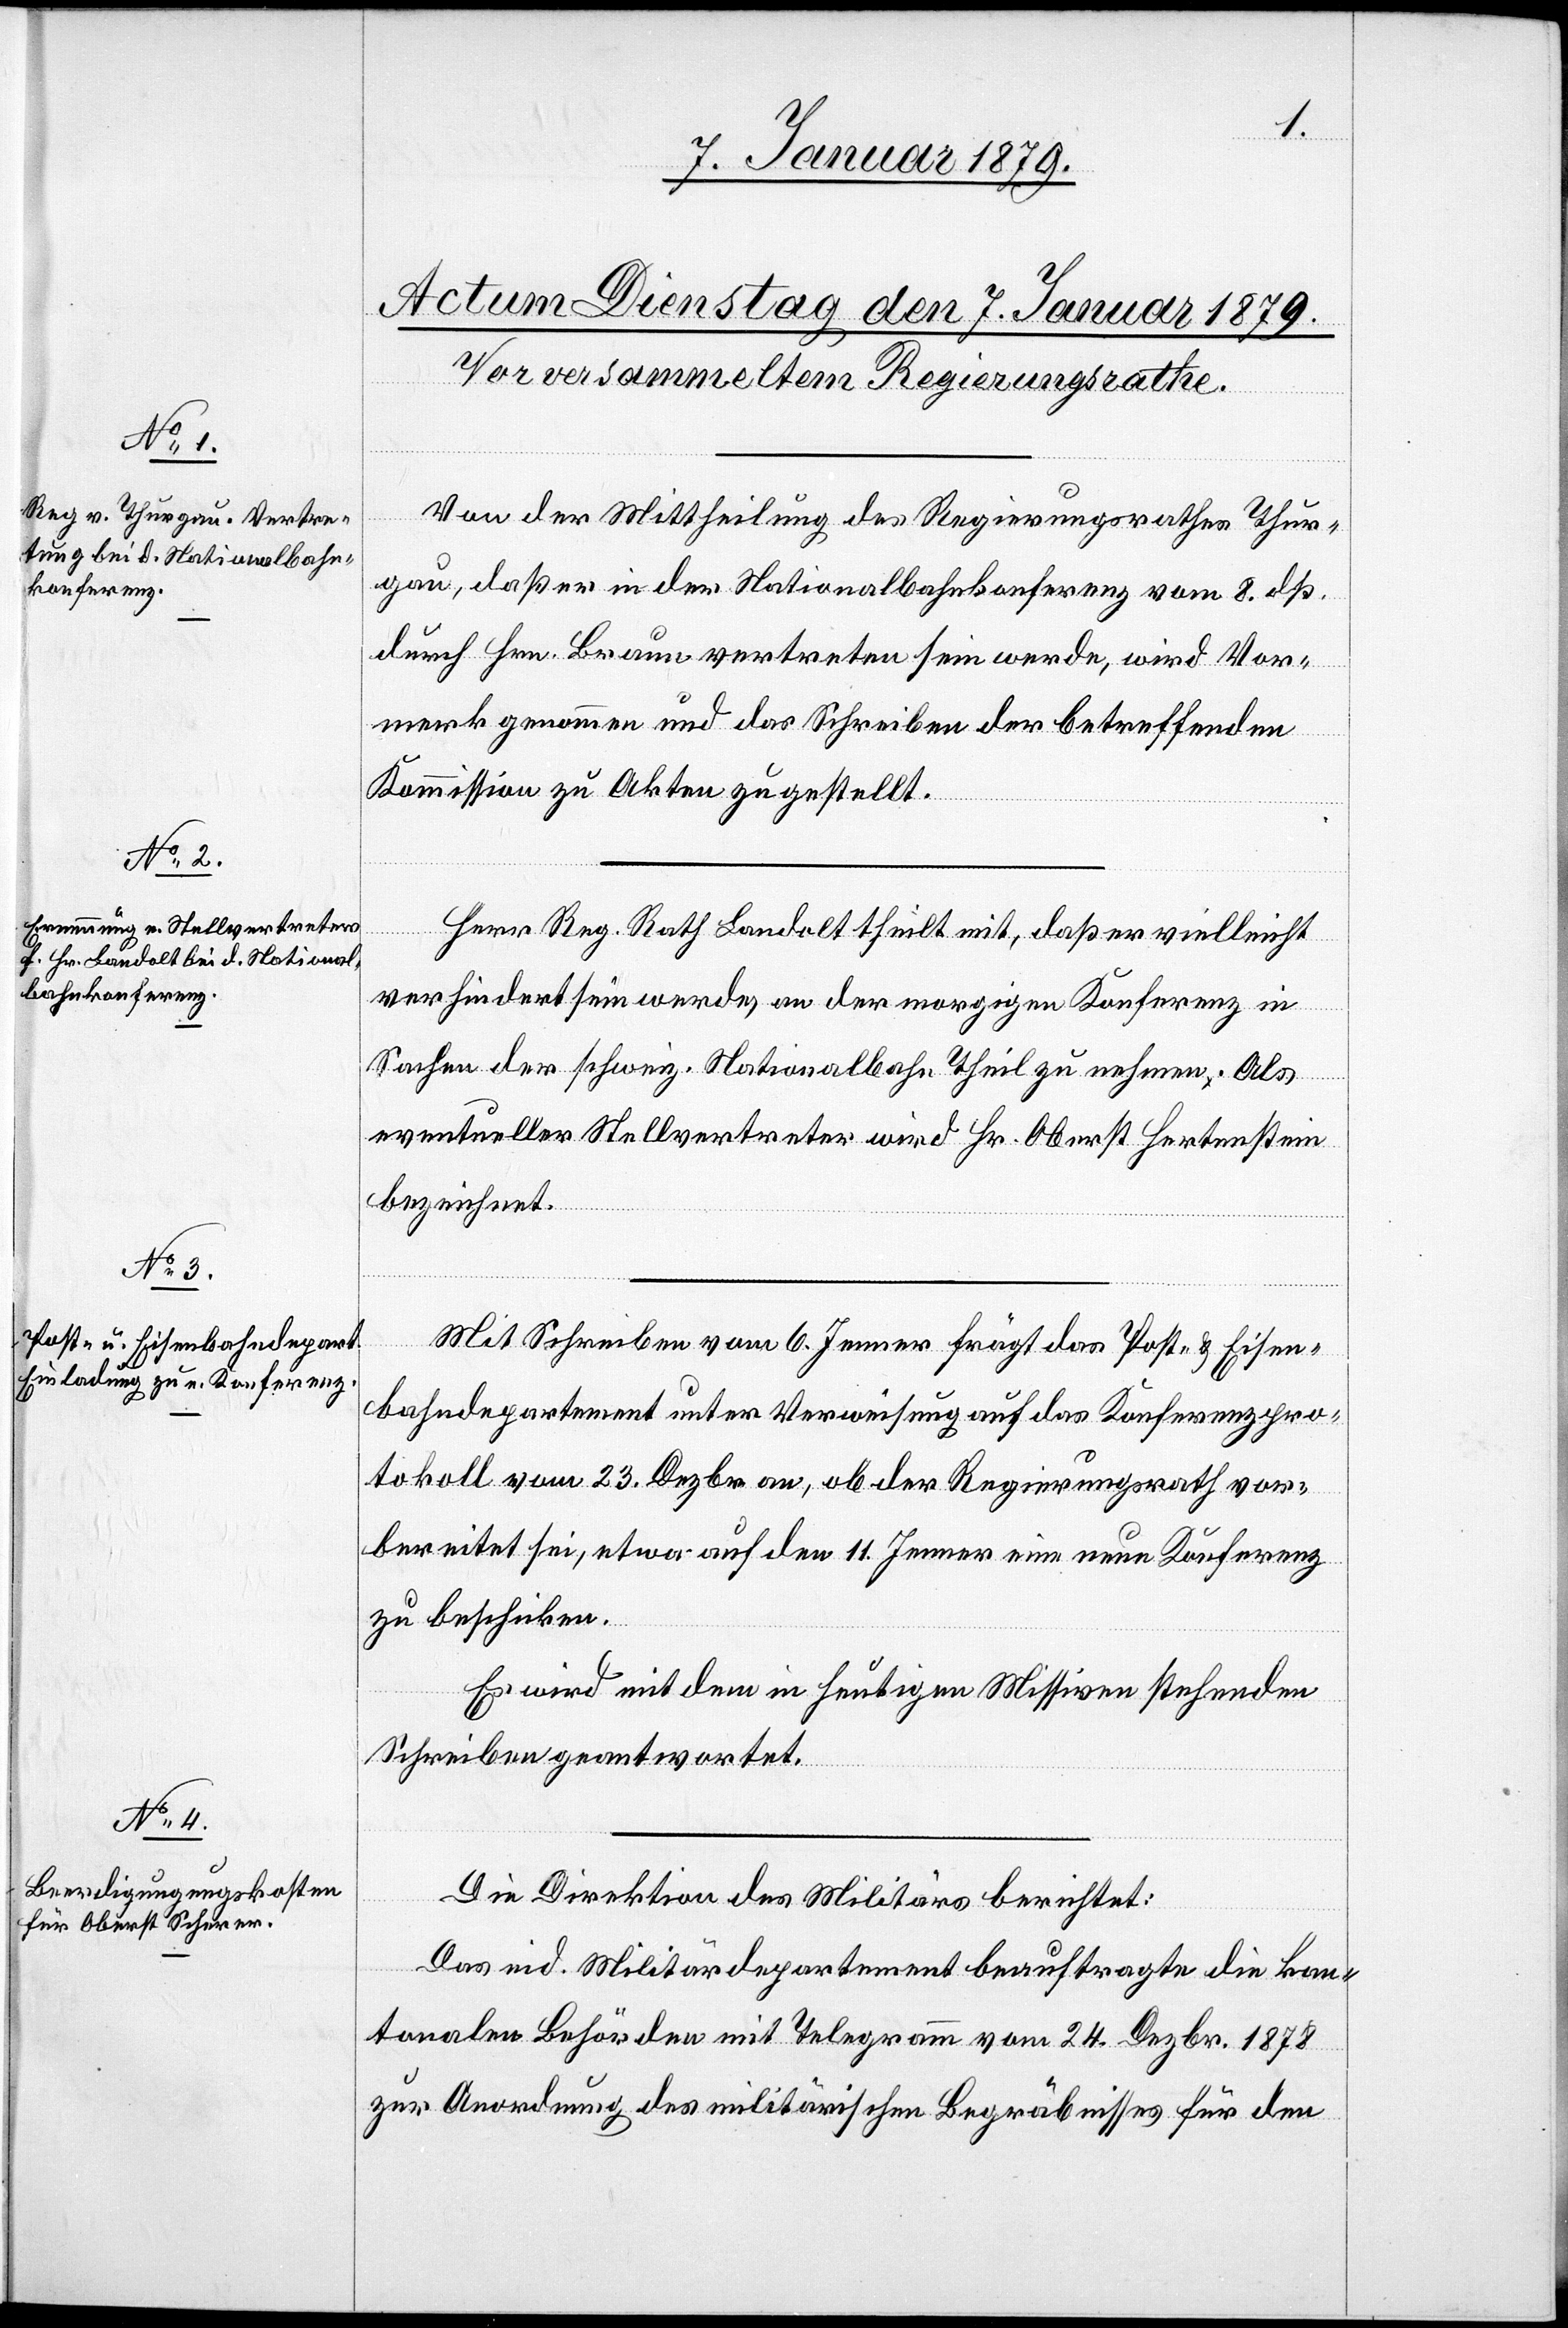
Von der Mittheilung des Regierungsrathes Thur¬
gau, daß er in der Nationalbahnkonferenz vom 8. dß.
durch Hrn. Braun vertreten sein werde, wird Vor¬
merk genommen und das Schreiben der betreffenden
Kommission zu Akten zugestellt.
Herr Reg. Rath Landolt theilt mit, daß er vielleicht
verhindert sein werde, an der morgigen Konferenz in
Sachen der schweiz. Nationalbahn Theil zu nehmen. Als
eventueller Stellvertreter wird Hr. Oberst Hertenstein
bezeichnet.
Mit Schreiben vom 6. Jenner frägt das Post- & Eisen¬
bahndepartement unter Verweisung auf das Konferenzpro¬
tokoll vom 23. Dezbr an, ob der Regierungsrath vor¬
bereitet sei, etwa auf den 11. Jenner eine neue Konferenz
zu beschicken.
Es wird mit dem in heutigen Missiven stehenden
Schreiben geantwortet.
Die Direktion des Militärs berichtet:
Das eid. Militärdepartement beauftragte die kan¬
tonalen Behörden mit Telegramm vom 24. Dezbr. 1878
zur Anordnung des militärischen Begräbnisses für den